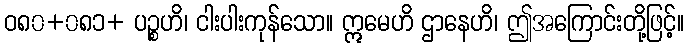
ဝ၈၀+၀၈၁+ ပဉ္စဟိ၊ ငါးပါးကုန်သော။ ဣမေဟိ ဌာနေဟိ၊ ဤအကြောင်းတို့ဖြင့်။